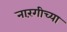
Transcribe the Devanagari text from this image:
नारंगीच्या